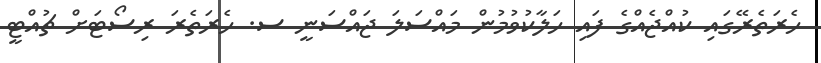
ހެރަތެރޭގައި ކުއްޖެއްގެ ފައި ހަލާކުވުމުން މައްސަލަ ޖައްސަނީ ސ. ހެރަތެރަ ރިސޯޓަށް ޗުއްޓީ